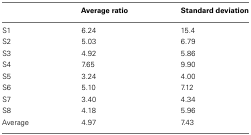
|  | Average ratio | Standard deviation |
 | --- | --- | --- |
 | S1 | 6.24 | 15.4 |
 | S2 | 5.03 | 6.79 |
 | S3 | 4.92 | 5.86 |
 | S4 | 7.65 | 9.90 |
 | S5 | 3.24 | 4.00 |
 | S6 | 5.10 | 7.12 |
 | S7 | 3.40 | 4.34 |
 | S8 | 4.18 | 5.96 |
 | Average | 4.97 | 7.43 |